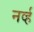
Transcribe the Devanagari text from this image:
नर्व्ह